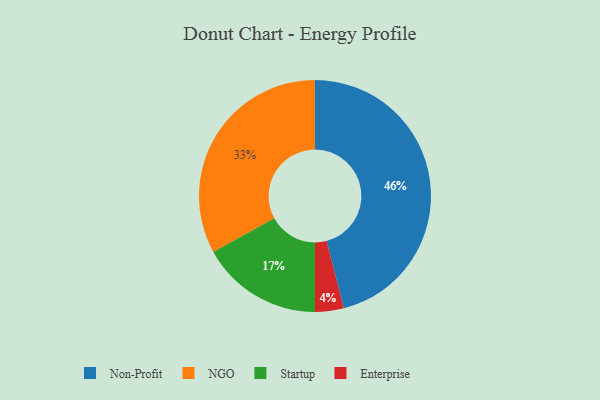
{"axis": {"x": "Category", "y": "Percentage"}, "legend": ["Enterprise", "NGO", "Non-Profit", "Startup"], "data": [{"x": "Enterprise", "y": 4, "type": "Enterprise"}, {"x": "NGO", "y": 33, "type": "NGO"}, {"x": "Non-Profit", "y": 46, "type": "Non-Profit"}, {"x": "Startup", "y": 17, "type": "Startup"}]}